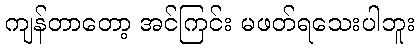
ကျန်တာတော့ အင်ကြင်း မဖတ်ရသေးပါဘူး